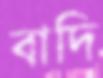
বাদি